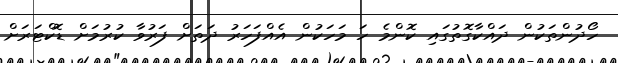
ހޯދުންތަކުން ދައްކާގޮތުގައި ކޮންމެ ހަ މަހަކުން އެއްފަހަރު ދަތަށް ފަރުވާ ކުރުމަށް ޑޮކްޓަރަށް